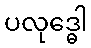
ပလုဒ္ဓေါ